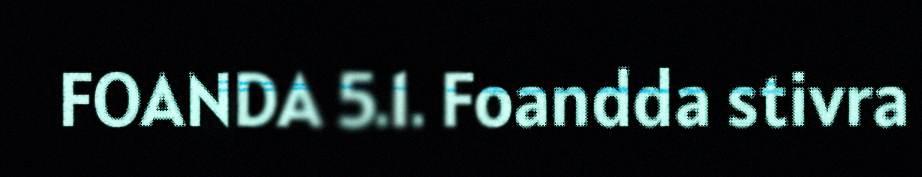
FOANDA 5.1. Foandda stivra